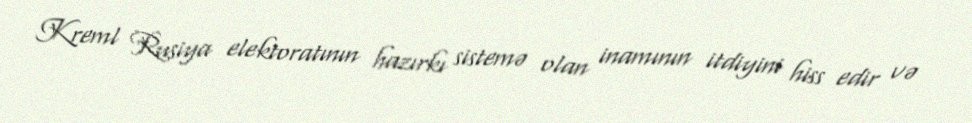
Kreml Rusiya elektoratının hazırkı sistemə olan inamının itdiyini hiss edir və